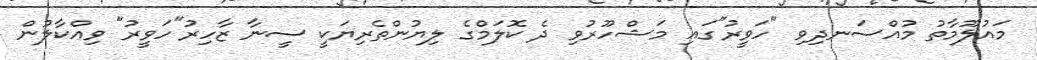
މައުލޫމާތު މުއްސަނދިވި "ހަވީރު"ގައި މަޝްހޫރުވި ދެ ކޮލަމްގެ ލިޔުންތެރިޔަކީ ސީނާ ޒާހިރު"ހަވީރު" ވިއްކާލުން